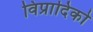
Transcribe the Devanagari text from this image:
विप्रादिको